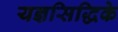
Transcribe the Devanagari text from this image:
यज्ञसिद्धिके